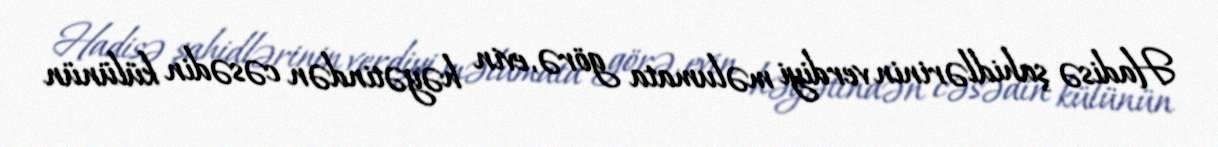
Hadisə şahidlərinin verdiyi məlumata görə, evin həyətindən cəsədin külünün